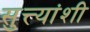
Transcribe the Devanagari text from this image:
सुत्त्यांशी